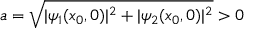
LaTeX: a = { \sqrt { | \psi _ { 1 } ( x _ { 0 } , 0 ) | ^ { 2 } + | \psi _ { 2 } ( x _ { 0 } , 0 ) | ^ { 2 } } } > 0